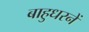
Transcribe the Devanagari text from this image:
बाहुधरनें